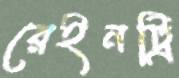
রেইনট্রি